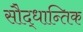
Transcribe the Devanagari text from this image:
सौद्धान्तिक